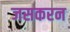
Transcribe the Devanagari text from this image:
जसकरन